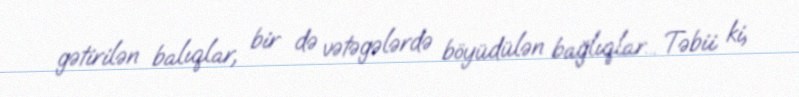
gətirilən balıqlar, bir də vətəgələrdə böyüdülən bağlıqlar... Təbii ki,